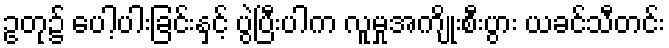
ဥတု၌ ပေါ့ပါးခြင်းနှင့် ပွဲပြီးပါက လူမှုအကျိုးစီးပွား ယခင်သီတင်း